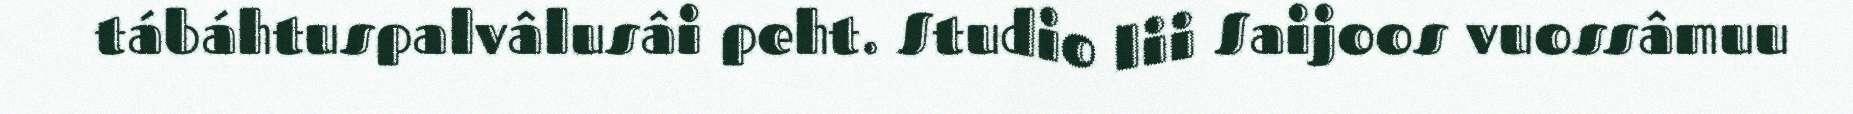
tábáhtuspalvâlusâi peht. Studio lii Saijoos vuossâmuu